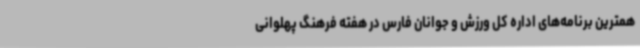
همترین برنامه‌های اداره کل ورزش و جوانان فارس در هفته فرهنگ پهلوانی